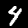
Label: 4